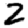
Digit: 2